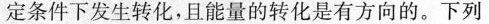
一定条件下发生转化，且能量的转化是有方向的。下列